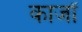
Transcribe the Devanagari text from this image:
कार्जों